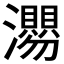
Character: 𭳴